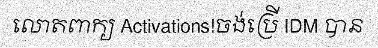
លោតពាក្យ Activations!ចង់ប្រើ IDM បាន